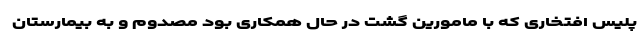
پلیس افتخاری که با مامورین گشت در حال همکاری بود مصدوم و به بیمارستان